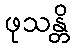
ဖုသန္တိ